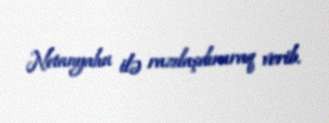
Netanyahu ilə razılaşdıraraq verib.